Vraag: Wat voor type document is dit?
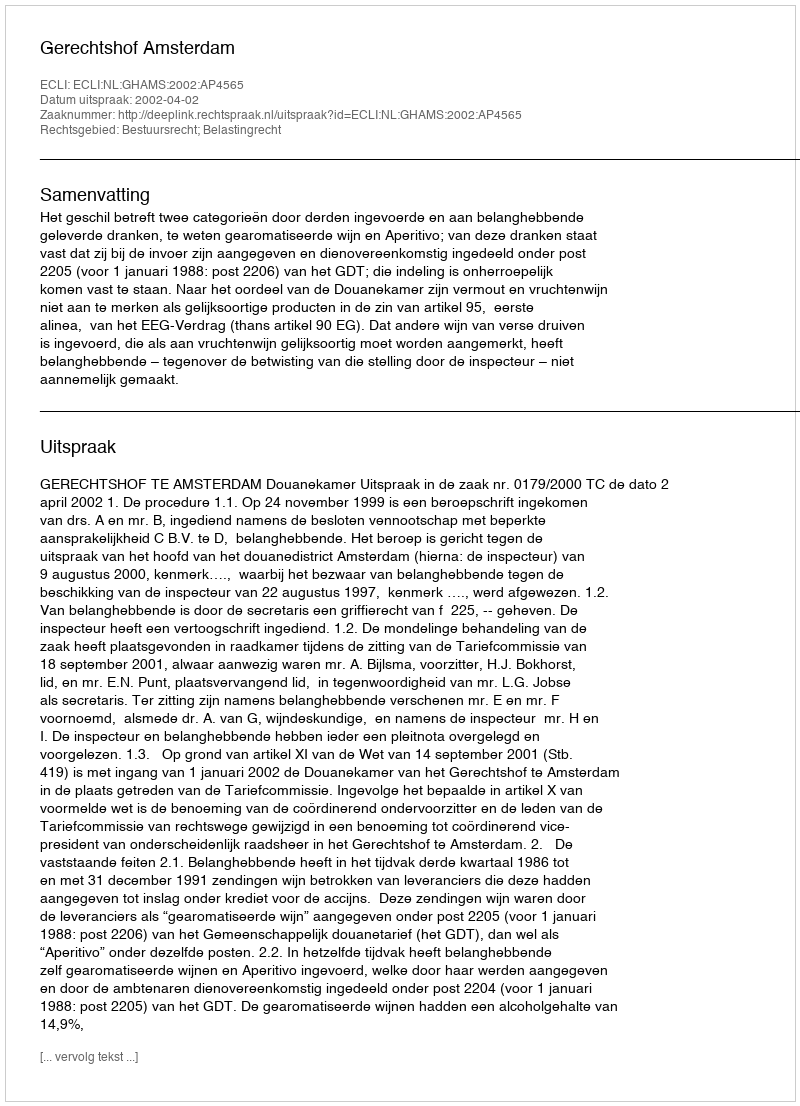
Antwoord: Uitspraak